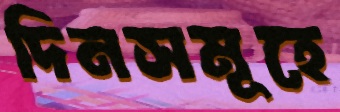
দিনসমূহে